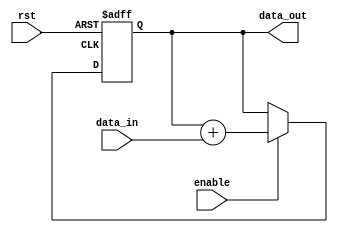
module accumulator (
    input wire rst, // reset input
    input wire enable, // enable input
    input wire [WIDTH-1:0] data_in, // input data bus
    output reg [WIDTH-1:0] data_out // output data bus
);

parameter INTEGER_BITS = 8; // number of integer bits
parameter FRACTIONAL_BITS = 4; // number of fractional bits
parameter WIDTH = INTEGER_BITS + FRACTIONAL_BITS; // total width of accumulator

reg [WIDTH-1:0] accumulator_value; // accumulator value

always @ (posedge clk or posedge rst) begin
    if (rst) begin
        accumulator_value <= 0;
    end else if (enable) begin
        accumulator_value <= accumulator_value + data_in;
    end
end

assign data_out = accumulator_value;

endmodule